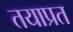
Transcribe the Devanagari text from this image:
तयाप्रत